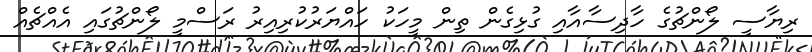
ރިޔާސީ ލޯންޗުގެ ހާދިސާއާއި ގުޅިގެން ތިން މީހަކު ހައްޔަރުކުރިއިރު ރަސްމީ ލޯންޗުގައި އެއްޗެއް